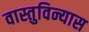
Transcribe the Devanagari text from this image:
वास्तुविन्यास